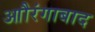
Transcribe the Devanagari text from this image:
आौरंगाबाद